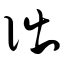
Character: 诎